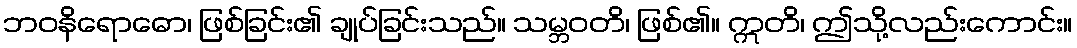
ဘဝနိရောဓော၊ ဖြစ်ခြင်း၏ ချုပ်ခြင်းသည်။ သမ္ဘဝတိ၊ ဖြစ်၏။ ဣတိ၊ ဤသို့လည်းကောင်း။